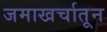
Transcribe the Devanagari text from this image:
जमाखर्चातून